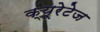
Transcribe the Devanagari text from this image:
क्यूरेटेज